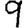
Digit: 9